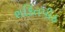
શકિતપીઠ